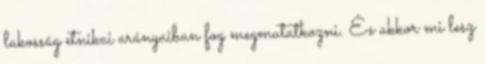
lakosság etnikai arányaiban fog megmutatkozni. És akkor mi lesz